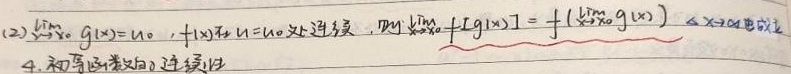
(2) 若\(\lim_{x \to x_0} g(x)=u_0\)，且\(f(x)\)在\(u = u_0\)处连续，则\(\lim_{x \to x_0} f[g(x)]=f\left(\lim_{x \to x_0} g(x)\right)\)。

4. 初等函数的连续性